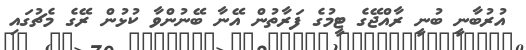
އުރުބާނީ ބުނީ ރާއްޖޭގެ ޓީމުގެ ފަރާތުން އޭނާ ބޭނުންވާ ކުޅުން ރޭގެ މެޗުގައި